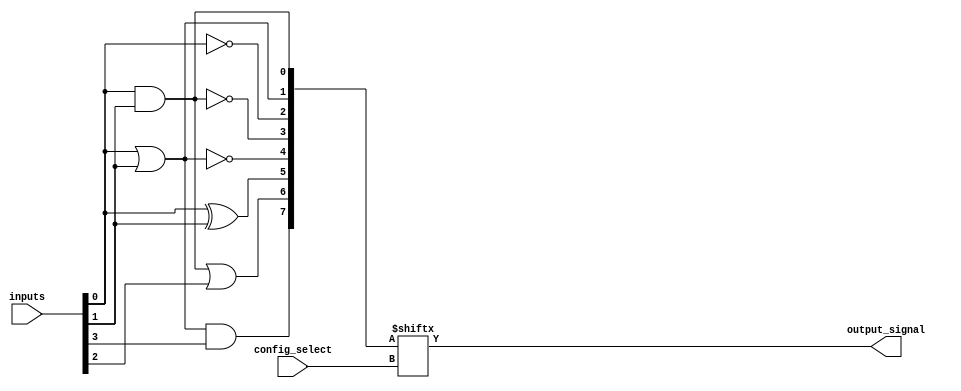
module clb_comb_logic (
    input wire [3:0]  inputs,         // Input signals
    input wire [2:0]  config_select,   // Select signal for logic function
    output wire       output_signal     // Output signal
);

// Internal signal to hold the logic function result
wire [7:0] logic_results; // Assuming we can have up to 8 different functions

// Logic Function Implementations
assign logic_results[0] = inputs[0] & inputs[1];             // AND
assign logic_results[1] = inputs[0] | inputs[1];             // OR
assign logic_results[2] = ~inputs[0];                         // NOT
assign logic_results[3] = ~(inputs[0] & inputs[1]);          // NAND
assign logic_results[4] = ~(inputs[0] | inputs[1]);          // NOR
assign logic_results[5] = inputs[0] ^ inputs[1];             // XOR
assign logic_results[6] = (inputs[0] & inputs[1]) | inputs[2]; // A AND B OR C
assign logic_results[7] = (inputs[0] | inputs[1]) & inputs[3]; // A OR B AND D

// Output signal routing based on configuration
assign output_signal = logic_results[config_select];

// Optional control logic (just for demo purposes)
reg clk; // Clock signal, if needed for synchronous operations
always @(posedge clk) begin
    // Potential additional control logic can be implemented here
end

endmodule